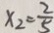
x _ { 2 } = \frac { 2 } { 5 }